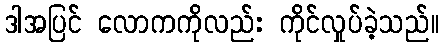
ဒါအပြင် လောကကိုလည်း ကိုင်လှုပ်ခဲ့သည်။